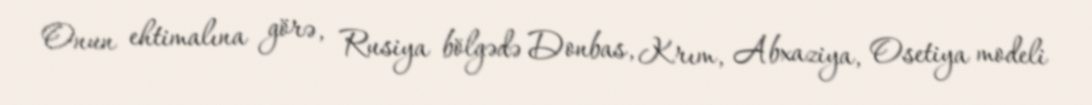
Onun ehtimalına görə, Rusiya bölgədə Donbas, Krım, Abxaziya, Osetiya modeli